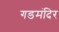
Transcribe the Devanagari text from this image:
गडमंदिर